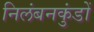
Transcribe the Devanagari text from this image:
निलंबनकुंडों